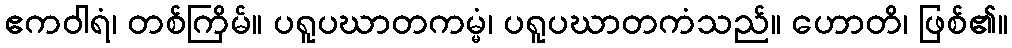
ဧကဝါရံ၊ တစ်ကြိမ်။ ပရူပဃာတကမ္မံ၊ ပရူပဃာတကံသည်။ ဟောတိ၊ ဖြစ်၏။